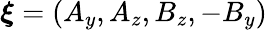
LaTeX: \boldsymbol{\xi}=(A_{y},A_{z},B_{z},-B_{y})